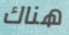
هناك